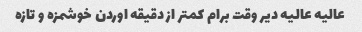
عالیه عالیه دیر وقت برام کمتر از دقیقه اوردن خوشمزه و تازه